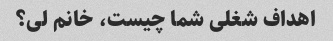
اهداف شغلی شما چیست، خانم لی؟